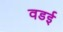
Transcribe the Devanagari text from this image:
वडई